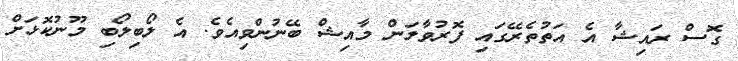
ގޮސް ރައިޝާ އެ އަތުތެރޭގައި ފޮރުވާލަން މާއިޝް ބޭނުންވިއެވެ. އެ ލޯބިލޯބި މޫނުކޮޅަށް